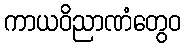
ကာယဝိညာဏံတွေဝ